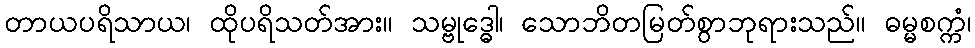
တာယပရိသာယ၊ ထိုပရိသတ်အား။ သမ္ဗုဒ္ဓေါ၊ သောဘိတမြတ်စွာဘုရားသည်။ ဓမ္မစက္ကံ၊